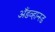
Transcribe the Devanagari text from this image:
अँडव्हान्स्ड